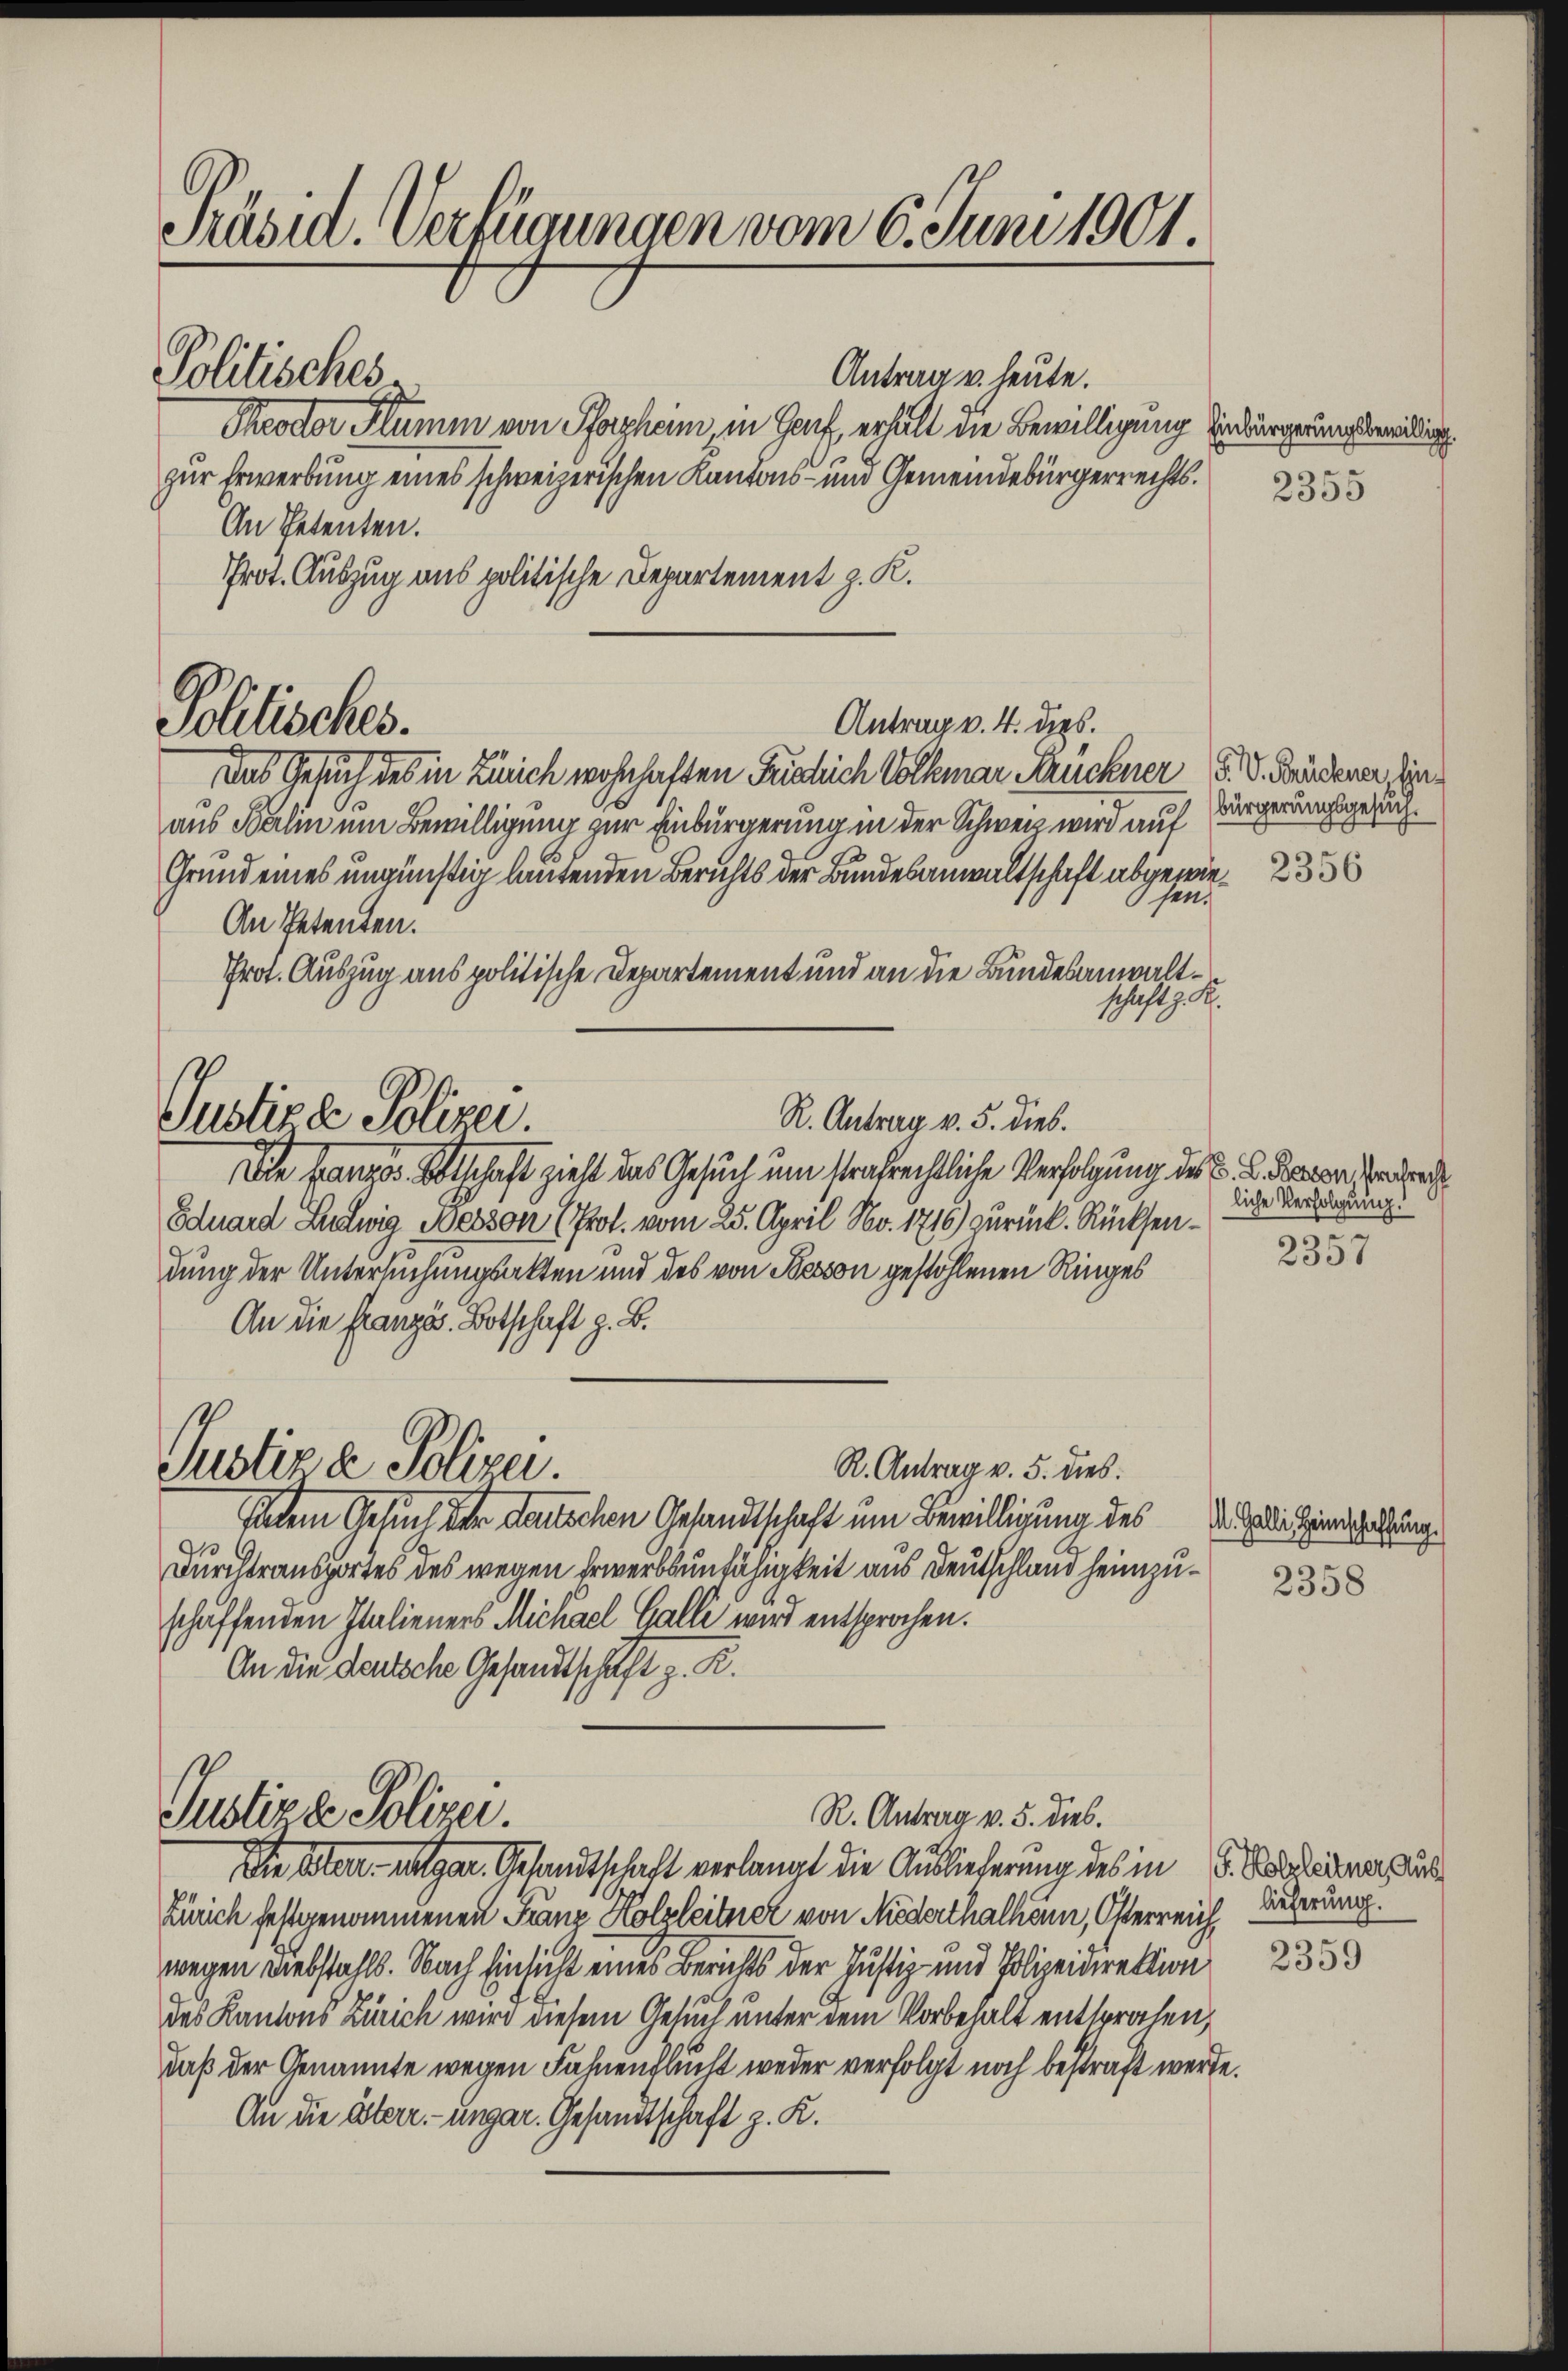
Präsid. Verfügungen vom 6. Juni 1901.

Politisches.

Pollisches.

Antrag u. heute.
Theodor Stumm von Pforzheim, in Graf, erhalt die Bewilligung Einbürgerungsberirdig
zur Erwerbung eines schweizerischen Kantons- und Gemeindebürgerrechts¬
An Petenten.
Prot. Auszug aus politische Departement z. K.
Das Gesuch des in Zürich wohnhaften Fridlich Volkmar Struckner F. V. Bruderer, inaus Balin um Bewilligung zur Einbürgerung in der Schweiz wird auf
Grund eines ungünstig lautenden Berichts der Bundesanwaltschaft abgewir¬
Osen
An Petenten.
Prot. Auszug aus politische Departement und an die Bundesanwaltschaft z. R.
R. Antrag v. 5. dies.
Justiza Polizei.
Die Franzes Botschaft zieht das Gesuch um strafrechtliche Verfolgung des B. L. Kanon rech
Eduard Ludwig Bessen (Prof. vom 25. April No. 1716) zurück. Rücksendung der Untersuchungsakten und des von Besson gestohlenen Ringes
An die Französ. Botschaft z. B.
Justiz & Polizei.
R. Antrag v. 5. dies
Uetem Gesuch der deutschen Gesandtschaft um Bewilligung des
Durchtransportes des wegen Erwerbsunfähigkeit aus Deutschland heimzuschaffenden Italieners Michael Galli wird entsprochen.
An die deutsche Gesandtschaft z. R.

R. Antrag v. 5. dies.
Justizze Polizei.
Die Alter. Allgar. Gesandtschaft verlangt die Auslieferung des in d. Soldaurer dur

Zürich festgenommenen Franz Holzleitner von Niederthalheim, Osterreich,
wegen Diebstahls. Nach Einsicht eines Berichts der Justiz- und Polizeidirektion
des Kantons Zürich wird diesem Gesuch unter dem Vorbehalt entsproten,
daß der Genannte wegen Fahnenflucht weder verfolgt noch bestraft werde.
An die Esterr.-ungar. Gesandtschaft z. K.

Antrag v. 4. dies.

2355

bürgerungsgesuch.
2356

liche Verfolgung.
e

2357

M. Galli Heimschaffung.

2358

2359

lieferung.